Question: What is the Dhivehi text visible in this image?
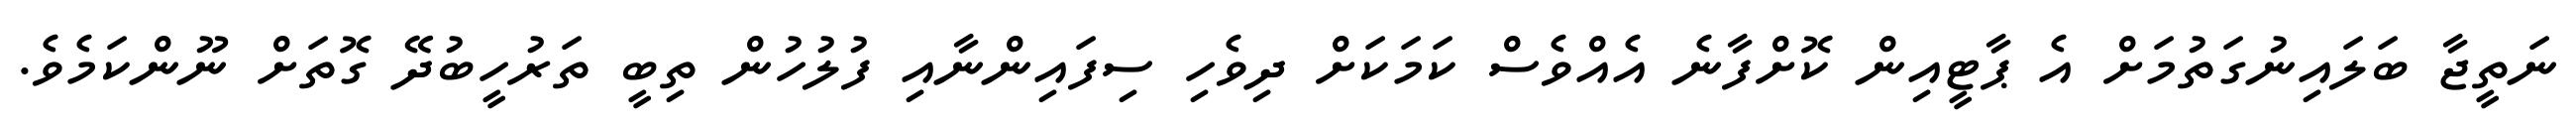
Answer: ނަތީޖާ ބަލައިނުގަތުމަށް އެ ޕާޓީއިން ކޮށްފާނެ އެއްވެސް ކަމަކަށް ދިވެހި ސިފައިންނާއި ފުލުހުން ތިބީ ތަރުހީބުދޭ ގޮތަށް ނޫންކަމެވެ.